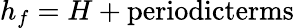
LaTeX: h_{f}=H+\textup{periodicterms}